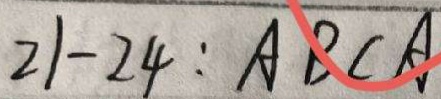
2 1 - 2 4 : A B C A